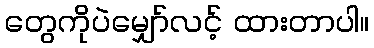
တွေကိုပဲမျှော်လင့် ထားတာပါ။